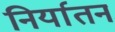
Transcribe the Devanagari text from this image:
निर्यातन